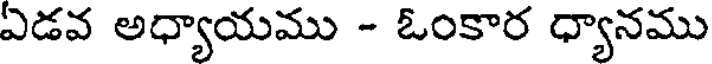
ఏడవ అధ్యాయము - ఓంకార ధ్యానము